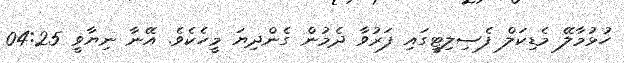
ހުޅުމާލޭ މެޑިކަލް ފެސިލިޓީގައި ފަރުވާ ދެމުން ގެންދިޔަ މީހެކެވެ. އޭނާ ނިޔާވީ 04:25